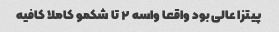
پیتزا عالی بود واقعا واسه ٢ تا شکمو کاملا کافیه